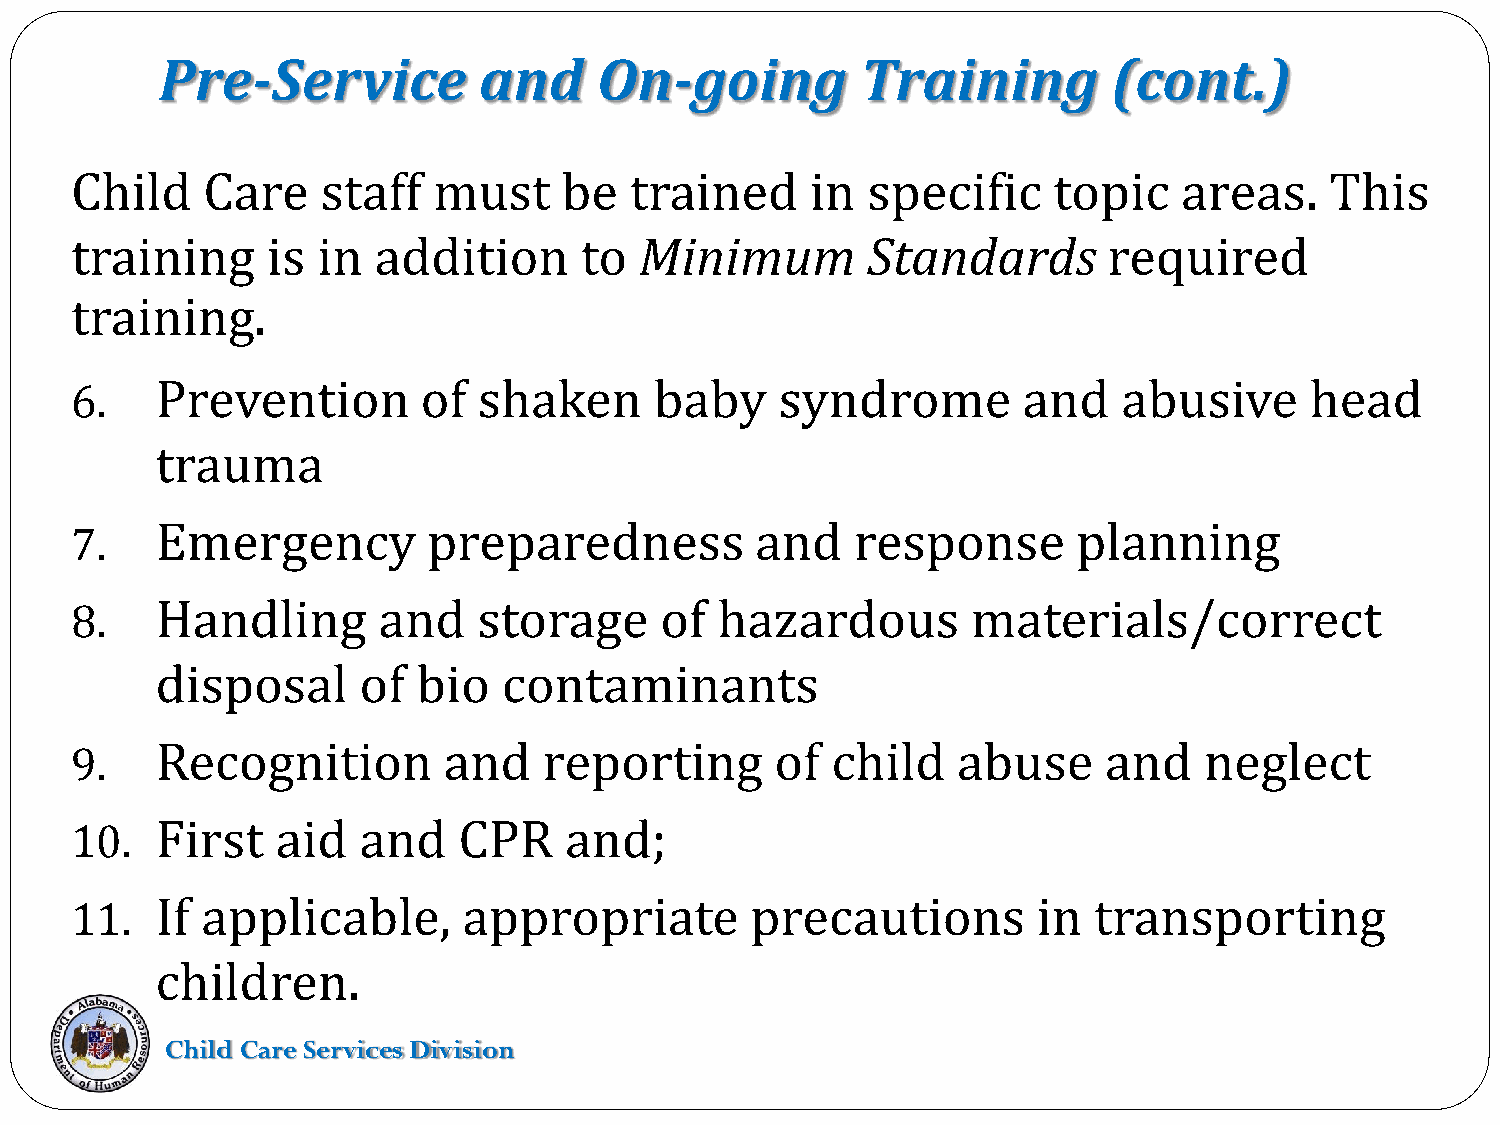
Pre-Service          and     On-going         Training         (cont.)
 Child   Care    staff   must    be   trained     in specific     topic   areas.    This
 training     is in  addition     to  Minimum        Standards       required
 training.
 Prevention        of  shaken     baby     syndrome        and   abusive      head
 6.
 trauma
 Emergency         preparedness          and    response      planning
 7.
 Handling       and    storage     of  hazardous       materials/correct
 8.
 disposal      of  bio  contaminants
 Recognition        and    reporting      of  child   abuse     and    neglect
 9.
 First   aid   and   CPR    and;
 10.
 If applicable,       appropriate        precautions        in transporting
 11.
 children.
 Child Care Services Division